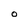
Character: O